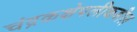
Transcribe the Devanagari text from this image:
चंद्रकक्षेपलीकडील